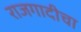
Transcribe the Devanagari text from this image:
राजगादीचा